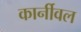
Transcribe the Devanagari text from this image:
कार्नीवल